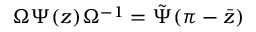
\Omega \Psi ( z ) \Omega ^ { - 1 } = \tilde { \Psi } ( \pi - \bar { z } )